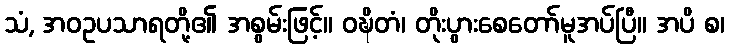
သံ, အဝဥပသာရတို့၏ အစွမ်းဖြင့်။ ဝဍ္ဎိတံ၊ တိုးပွားစေတော်မူအပ်ပြီ။ အပိ စ၊